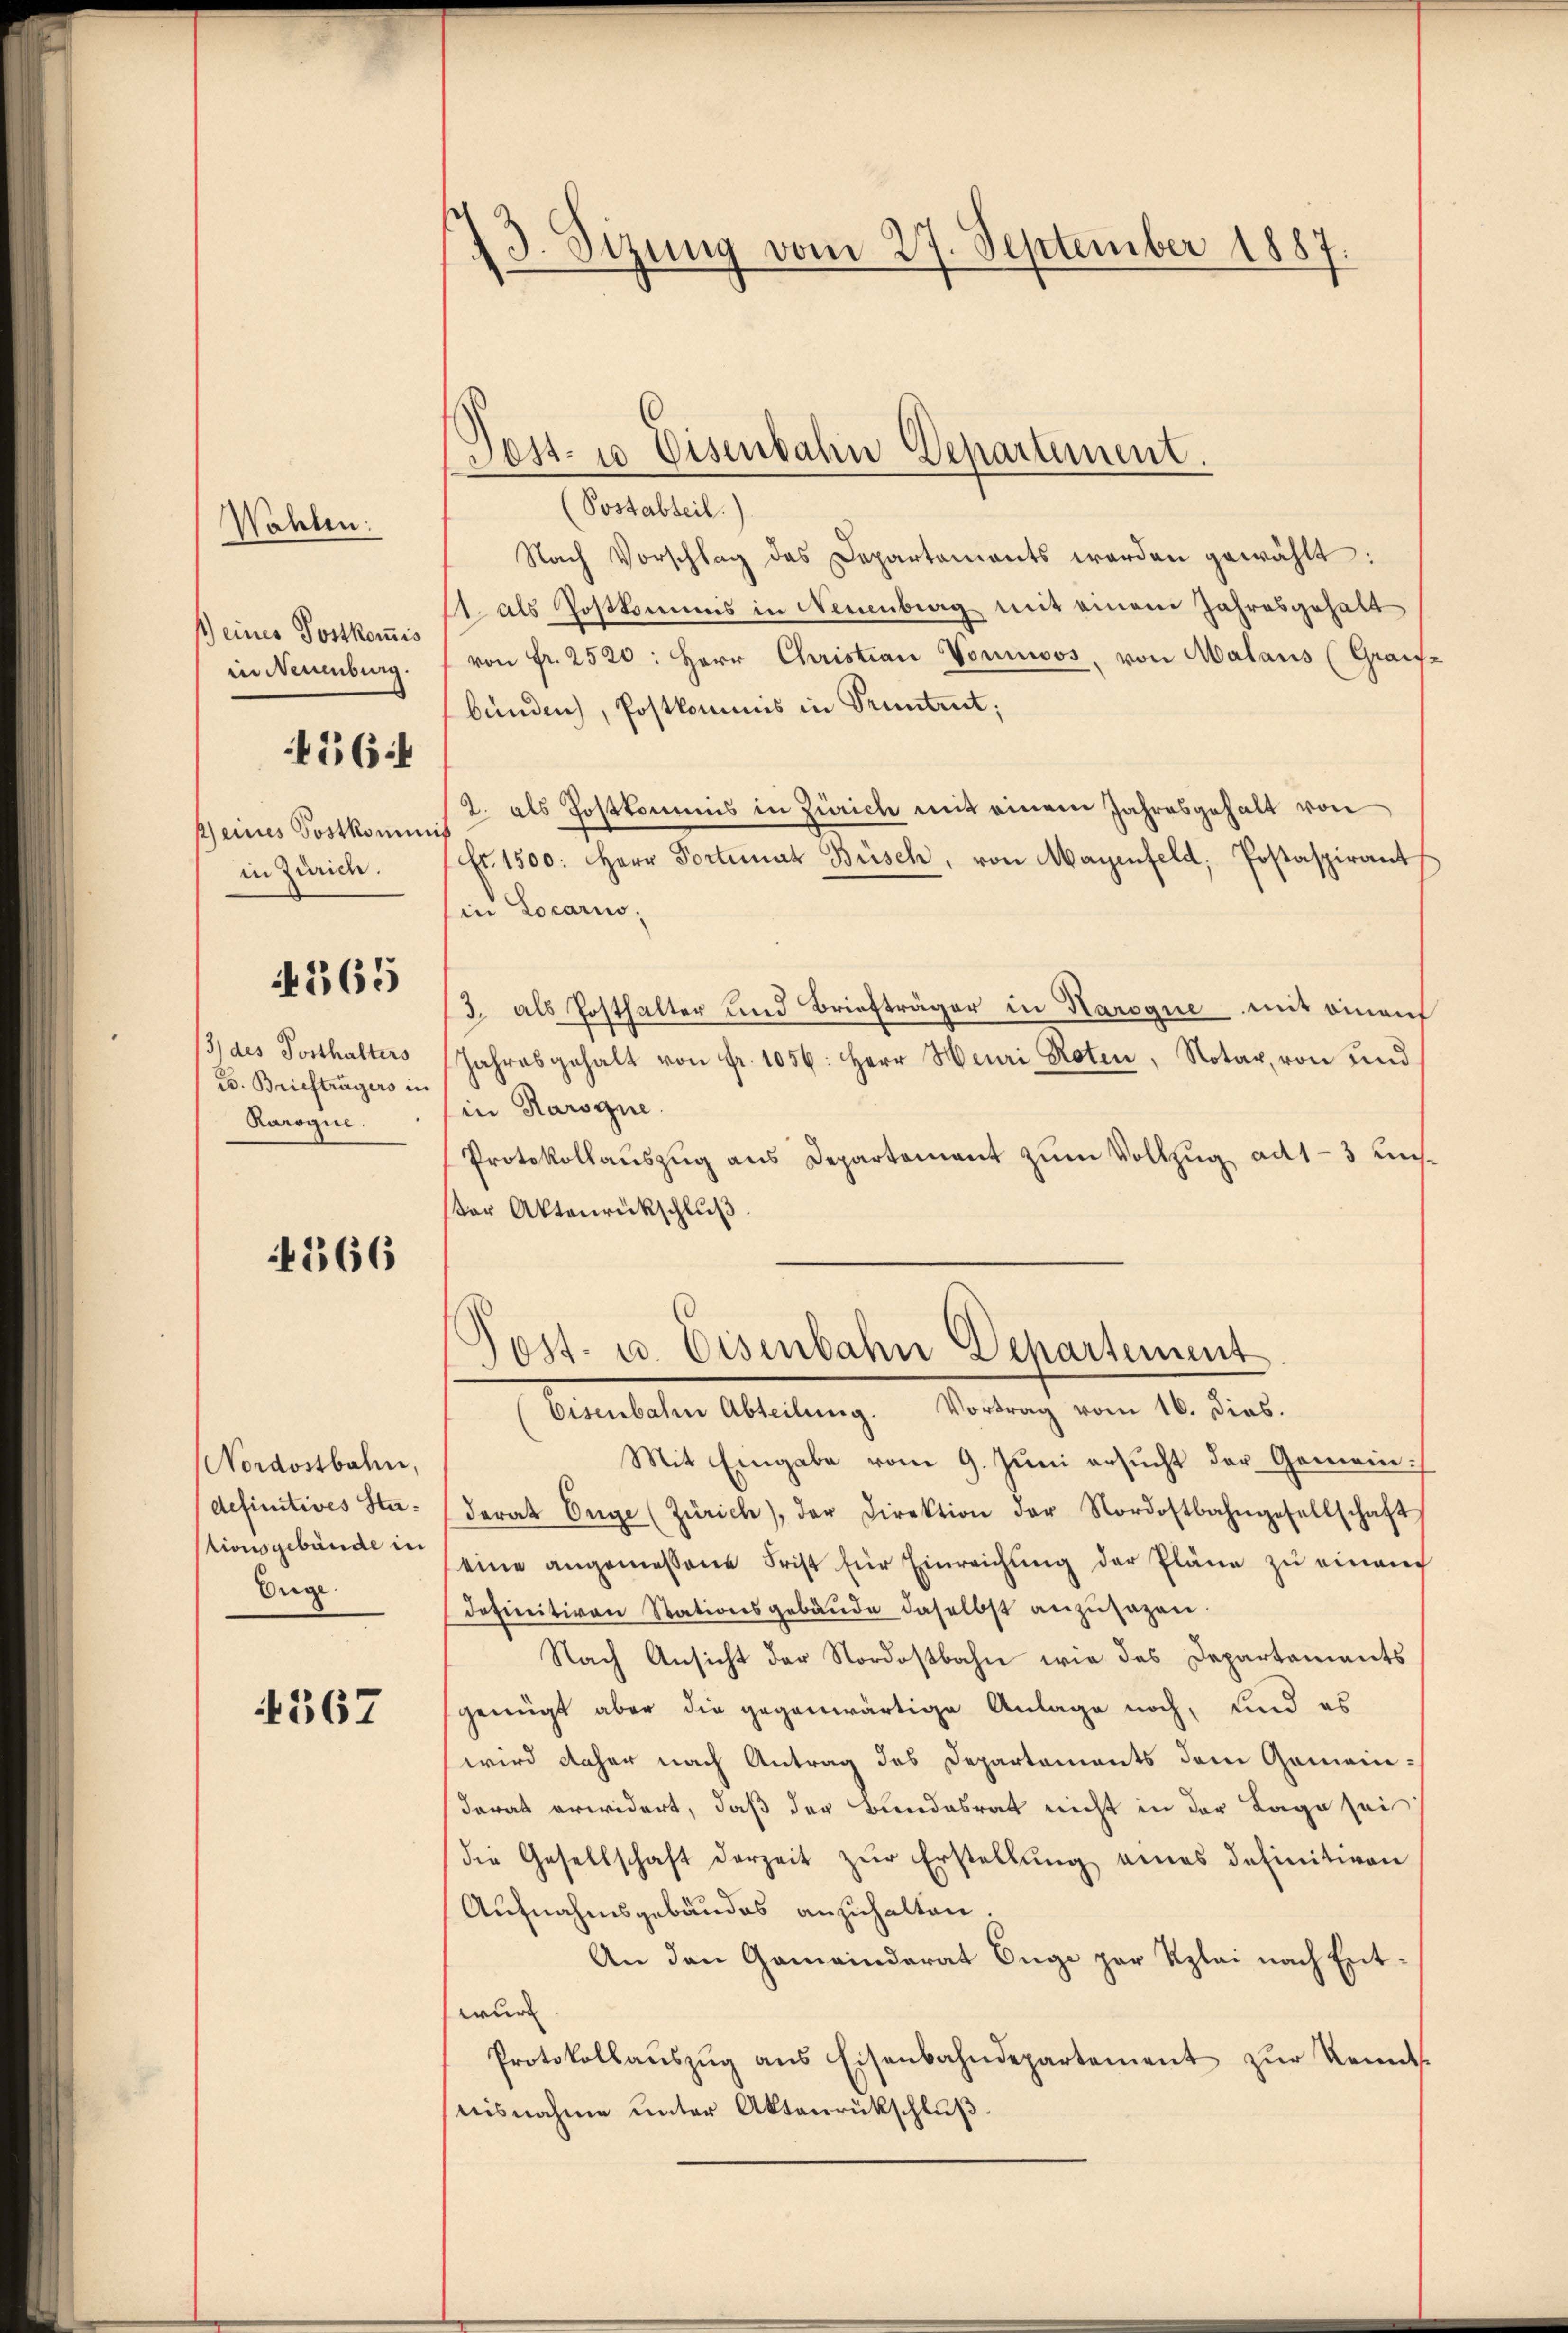
Wahlen:

1) eines Postkomis
in Neuenburg.
164
ß) eines Postkomini
in Zürich.

4365

13) des Posthalters
B. Briefträgers in
Rarogie.

366

Nordostbahn,
definitives Stationsgebäude in
Enge.

4567

13. Sizung vom 27. September 1887.

Sest. 10 Eisenbahn Departement.

(Postabteil.
Nach Vorschlag des Departements werden gewählt:
1. als Postkommis in Neuenburg mit einem Jahresgehalt
von fr. 2520: Herr Christian Voninoos, von Malaus (Graisbunden), Postkommis in Truntrut;
2. als Postkommis in Zürich mit einem Jahresgehalt von
fr. 1500. Herr Portimat Büsch, von Mayenfeld, Postaspirant
in Locario;
/3. als Posthalter und Briefträger in Karoque mit einauf
Jahresgehalt von fr. 1056. Herr Heuri Roten, Notar von und
in Karogne.
Protokollauszug aus Departement zum Vollzug ad 1-3 unster Aktenrückschluß

Post- u. Eisenbahn Departement

Eisenbahn Abteilŭng. Vortrag vom 16. dies.
Mit Eingabe vom 9. Juni ersucht der Gemeinderat Enge (Zürich), der Direktion der Nordostbahngesellschaft
eine angemessene Frist für Einreichung der Pläne zu einan
definitiven Stationsgebäude daselbst anzusagen.
Nach Ansicht der Nordostbahn wie das Departaments
genügt aber die gegenwärtige Anlage noch, und es
wird daher nach Antrag des Departements dem Gemein-
darau erwidert, daß der Bundesrat nicht in der Lage sei
die Gesellschaft derzeit zŭr Erstellŭng eines definitiven
Aufnahmsgebäudes anzuhalten.
An den Gemeinderat Enge par Kzlei nach Entwurd
Protokollaŭszŭg ans Eisenbahndepartement zŭr Kennts
nisnahme unter Aktenrückschluß.